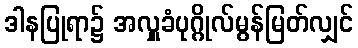
ဒါနပြုရာ၌ အလှူခံပုဂ္ဂိုလ်မွန်မြတ်လျှင်